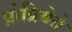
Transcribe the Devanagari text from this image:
प्रोप्रियेते